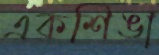
একশিঙা